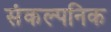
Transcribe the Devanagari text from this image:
संकल्पनिक